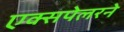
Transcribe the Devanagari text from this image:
एक्सपेलरने